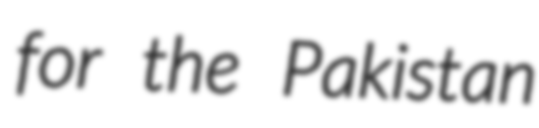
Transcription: for the Pakistan